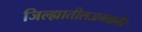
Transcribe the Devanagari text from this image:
जिल्ह्यातीलअमळनेर